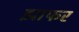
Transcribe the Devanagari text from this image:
झाफर